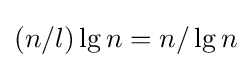
(n/l)\lg n=n/\lg n